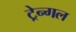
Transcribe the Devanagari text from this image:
ट्रेन्गल